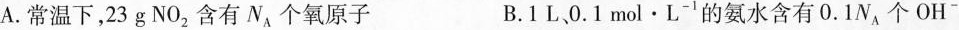
A.常温下，23g NO_{2}含有N_{A}个氧原子 B.1L、0.1mol·L^{-1}的氨水含有0.1N_{A}个OH^{-}